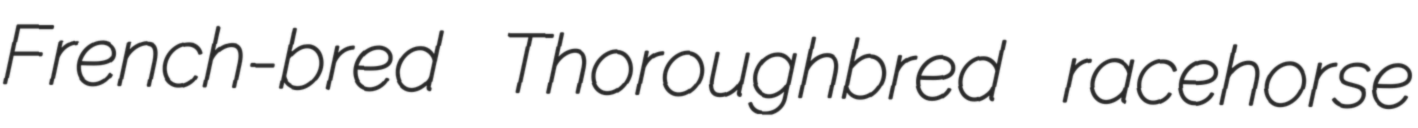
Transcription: French-bred Thoroughbred racehorse